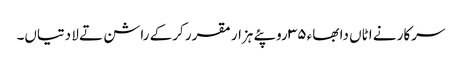
سرکار نے اٹاں دا بھاء ٣٥ روپئے ہزار مقرر کرکے راشن تے لا دتیاں۔